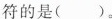
符的是( )。